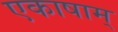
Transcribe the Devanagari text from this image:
एकाषाम्